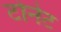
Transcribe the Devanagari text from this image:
टोनेट